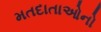
મતદાતાઓનો